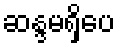
ဆန္ဒမရှိပေ